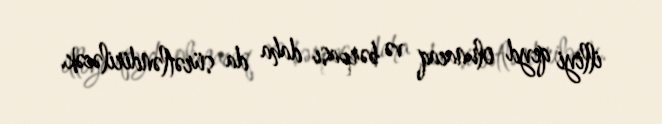
illiyi qeyd olunacaq və bərpası daha da sürətləndiriləcək.